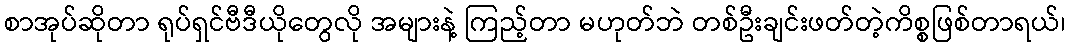
စာအုပ်ဆိုတာ ရုပ်ရှင်ဗီဒီယိုတွေလို အများနဲ့ ကြည့်တာ မဟုတ်ဘဲ တစ်ဦးချင်းဖတ်တဲ့ကိစ္စဖြစ်တာရယ်၊